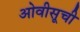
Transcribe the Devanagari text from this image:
ओवीसूची